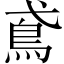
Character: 鳶